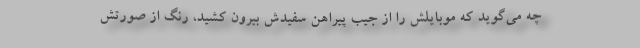
چه می‌گوید که موبایلش را از جیب پیراهن سفیدش بیرون کشید، رنگ از صورتش